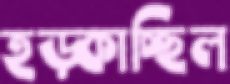
হড়্‌কাচ্ছিল